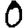
Digit: 0